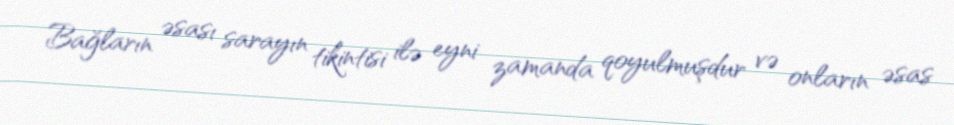
Bağların əsası sarayın tikintisi ilə eyni zamanda qoyulmuşdur və onların əsas